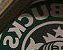
BNCKS